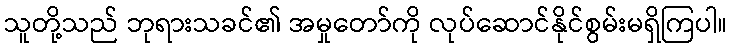
သူတို့သည် ဘုရားသခင်၏ အမှုတော်ကို လုပ်ဆောင်နိုင်စွမ်းမရှိကြပါ။